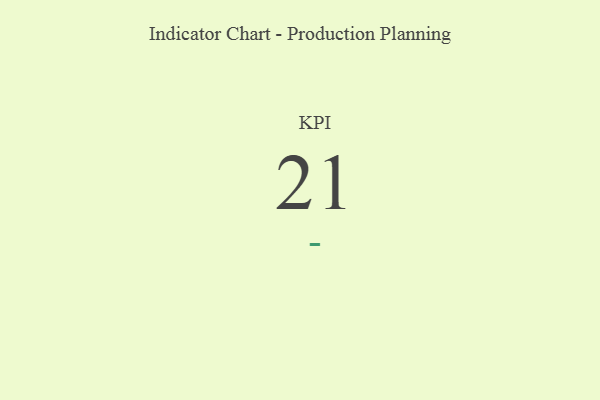
{"axis": {"x": "KPI", "y": "Value"}, "legend": [""], "data": [{"x": "KPI", "y": 21, "type": ""}]}